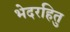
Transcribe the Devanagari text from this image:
भेदरहितु